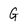
Character: G